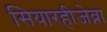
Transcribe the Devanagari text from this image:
सियारहीजेव्ना